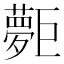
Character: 𡗐